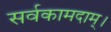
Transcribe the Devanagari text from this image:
सर्वकामदाम्‌।